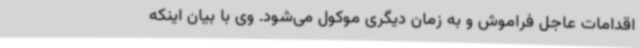
اقدامات عاجل فراموش و به زمان دیگری موکول می‌شود. وی با بیان اینکه